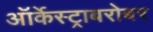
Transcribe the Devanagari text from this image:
ऑर्केस्ट्राबरोबर